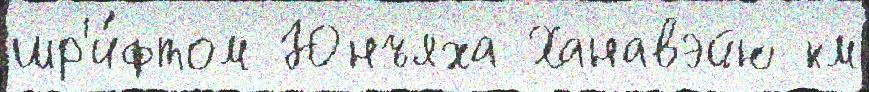
шр'и́фтом Юнъяха Ханавэйю км